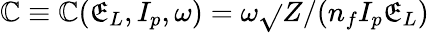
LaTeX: \mathbb{C}\equiv\mathbb{C}(\mathfrak{E}_{L},I_{p},\omega)=\omega\sqrt{}{{Z/(n_{f}{I_{p}}\mathfrak{E}_{L})}}